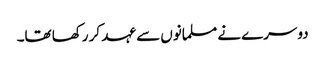
دوسرے نے مسلمانوں سے عہد کر رکھا تھا۔